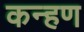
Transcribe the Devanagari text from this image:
कन्हण